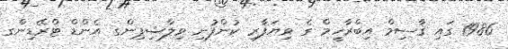
1986 ގައި ޤާސިމް އިބްރާހީމް ގެ ވިޔަފާރި ކުންފުނި ވިލާޝިޕިންގ އެންޑް ޓްރޭޑިންގ